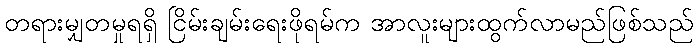
တရားမျှတမှုရရှိ ငြိမ်းချမ်းရေးဖိုရမ်က အာလူးများထွက်လာမည်ဖြစ်သည်